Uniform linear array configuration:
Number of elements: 48
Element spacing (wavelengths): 0.25
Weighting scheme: hamming
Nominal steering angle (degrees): -15
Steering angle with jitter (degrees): -16.474
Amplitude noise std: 0.05
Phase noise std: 0.05

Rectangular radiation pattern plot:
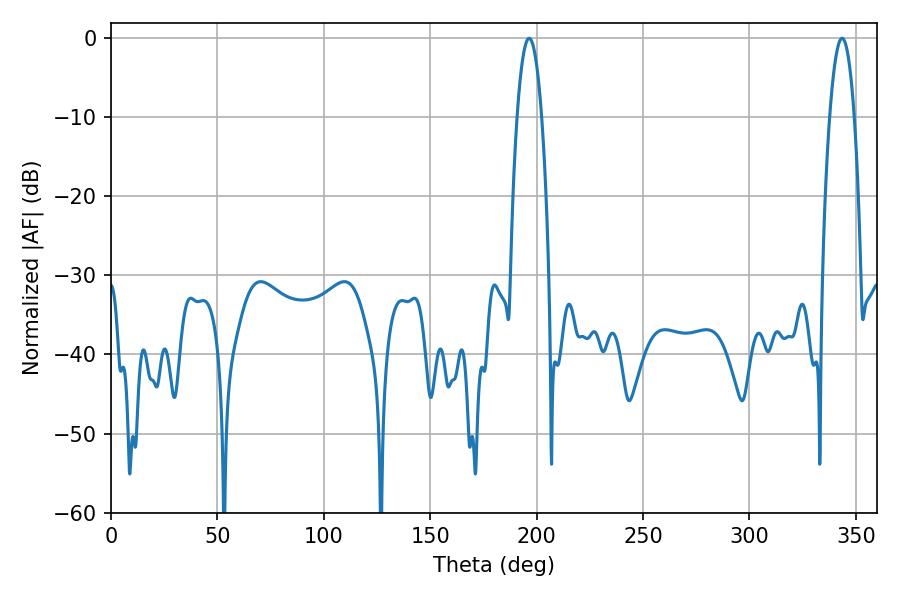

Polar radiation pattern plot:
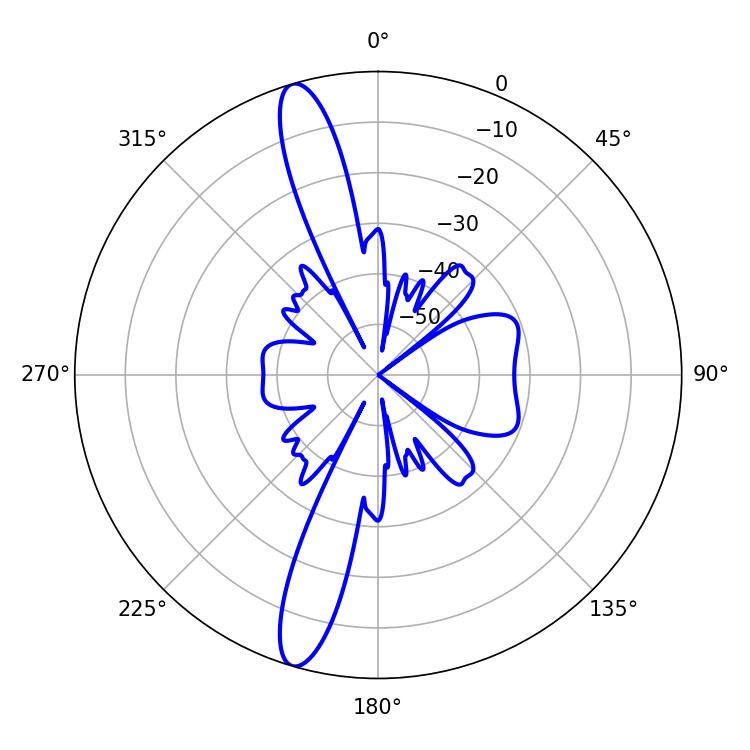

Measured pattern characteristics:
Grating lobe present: FALSE
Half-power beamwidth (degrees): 6.3
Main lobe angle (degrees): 196.56